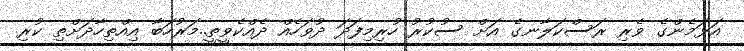
އަޅަމެންގެ ވެރި ރަސްކަލާނގެ އަށް ސުކުރު ހުރިމިފަދަ ދުވަހެއް ދެއްކެވީތީ..މަރުހަބާ އިއްތިހާދަށްތި ކުރި